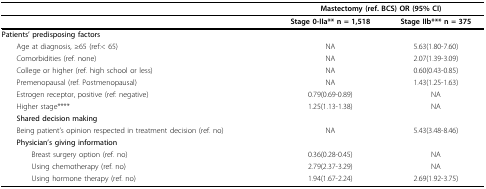
|  |  | <COLSPAN=2> Mastectomy (ref. BCS) OR (95% CI) |
 | --- | --- | --- | --- |
 |  |  | Stage 0-IIa** n = 1,518 | Stage IIb*** n = 375 |
 | <COLSPAN=2> Patients' predisposing factors |  |  |
 | <COLSPAN=2> Age at diagnosis, ≥65 (ref:< 65) | NA | 5.63(1.80-7.60) |
 | <COLSPAN=2> Comorbidities (ref. none) | NA | 2.07(1.39-3.09) |
 | <COLSPAN=2> College or higher (ref. high school or less) | NA | 0.60(0.43-0.85) |
 | <COLSPAN=2> Premenopausal (ref. Postmenopausal) | NA | 1.43(1.25-1.63) |
 | <COLSPAN=2> Estrogen receptor, positive (ref: negative) | 0.79(0.69-0.89) | NA |
 | <COLSPAN=2> Higher stage**** | 1.25(1.13-1.38) | NA |
 | <COLSPAN=2> Shared decision making |  |  |
 | <COLSPAN=2> Being patient's opinion respected in treatment decision (ref. no) | NA | 5.43(3.48-8.46) |
 | <COLSPAN=2> Physician's giving information |  |  |
 | <COLSPAN=2> Breast surgery option (ref. no) | 0.36(0.28-0.45) | NA |
 | <COLSPAN=2> Using chemotherapy (ref. no) | 2.79(2.37-3.29) | NA |
 | <COLSPAN=2> Using hormone therapy (ref. no) | 1.94(1.67-2.24) | 2.69(1.92-3.75) |